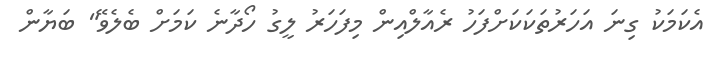
އެކަމަކު ގިނަ އަހަރުތަކަކަށްފަހު ރެއާލްއިން މިފަހަރު ލީގު ހޯދާނެ ކަމަށް ބެލެވޭ" ބަޔާން